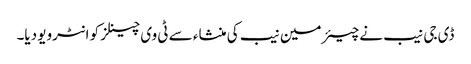
ڈی جی نیب نے چیئرمین نیب کی منشاء سے ٹی وی چینلز کو انٹرویو دیا۔